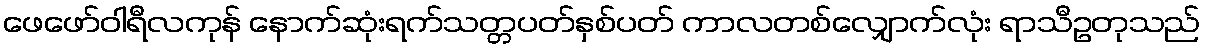
ဖေဖော်ဝါရီလကုန် နောက်ဆုံးရက်သတ္တပတ်နှစ်ပတ် ကာလတစ်လျှောက်လုံး ရာသီဥတုသည်